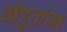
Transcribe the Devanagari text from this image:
खेडुतांना